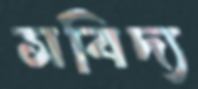
সবিদ্য